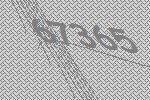
67365